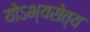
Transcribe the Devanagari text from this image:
योऽभ्यसेत्य